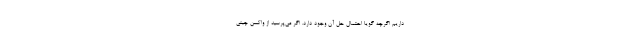
داریم اگرچه گویا احتمال حل آن وجود دارد. اگر می‌پرسید از واکسن چینی